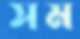
সম